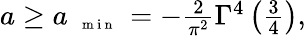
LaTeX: \begin{array}{r}{a\ge a_{\mathrm{~{~\scriptsize~m~i~n~}~}}=-\frac{2}{\pi^{2}}\Gamma^{4}\left(\frac{3}{4}\right),}\end{array}